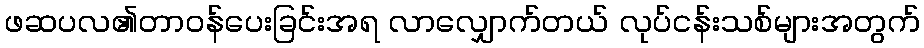
ဖဆပလ၏တာဝန်ပေးခြင်းအရ လာလျှောက်တယ် လုပ်ငန်းသစ်များအတွက်